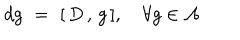
d g \, \, = \, \, [ \, D \, , \, g \, ] , \, \, \, \, \, \, \forall g \in { \cal A }